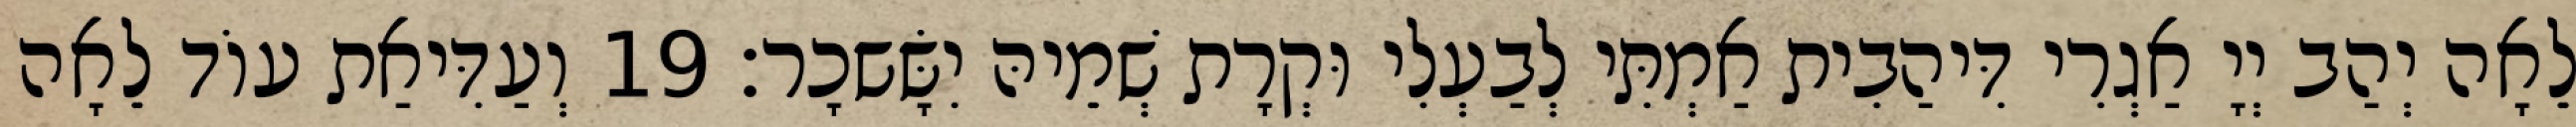
לֵאָה יְהַב יְיָ אַגְרִי דִּיהַבִית אַמְתִּי לְבַעְלִי וּקְרָת שְׁמֵיהּ יִשָּׂשכָר׃ 19 וְעַדִּיאַת עוֹד לֵאָה